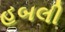
હબલી